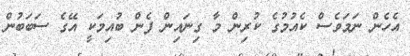
އެހެން ނަމަވެސް ކެއުމުގެ ކުރިން މާ ގިނައިން ފެން ބުއިމަކީ އޭގެ ސަބަބުން